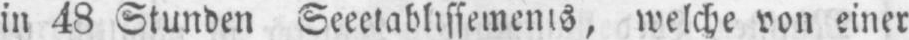
welche von einer